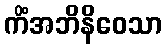
ကိံအဘိနိဝေသာ